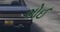
ભોઈ